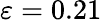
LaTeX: \varepsilon=0.21